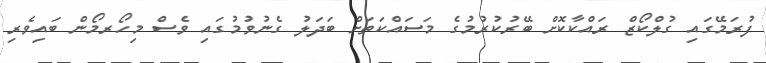
ފުރަމޭގައި ގުލްކޯޒް ރައްކާކޮށް ބޭރުކުރުމުގެ މަސައްކަތަށް ބަދަލު ގެނުވުމުގައި ވެސް މިހޯރމޯން ބައިވެރި